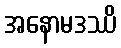
အနောမဒဿိ